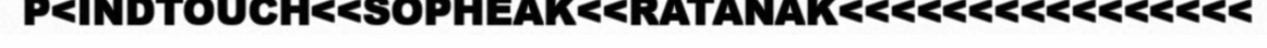
P<INDTOUCH<<SOPHEAK<<RATANAK<<<<<<<<<<<<<<<<